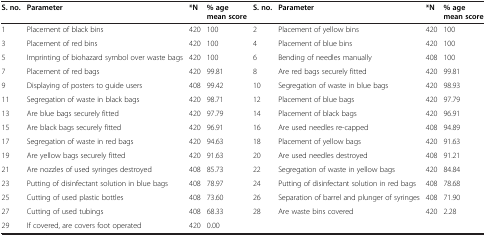
<table><thead><tr><td><b>S. no.</b></td><td><b>Parameter</b></td><td><b>*N</b></td><td><b>% age mean score</b></td><td><b>S. no.</b></td><td><b>Parameter</b></td><td><b>*N</b></td><td><b>% age mean score</b></td></tr></thead><tbody><tr><td>1</td><td>Placement of black bins</td><td>420</td><td>100</td><td>2</td><td>Placement of yellow bins</td><td>420</td><td>100</td></tr><tr><td>3</td><td>Placement of red bins</td><td>420</td><td>100</td><td>4</td><td>Placement of blue bins</td><td>420</td><td>100</td></tr><tr><td>5</td><td>Imprinting of biohazard symbol over waste bags</td><td>420</td><td>100</td><td>6</td><td>Bending of needles manually</td><td>408</td><td>100</td></tr><tr><td>7</td><td>Placement of red bags</td><td>420</td><td>99.81</td><td>8</td><td>Are red bags securely fitted</td><td>420</td><td>99.81</td></tr><tr><td>9</td><td>Displaying of posters to guide users</td><td>408</td><td>99.42</td><td>10</td><td>Segregation of waste in blue bags</td><td>420</td><td>98.93</td></tr><tr><td>11</td><td>Segregation of waste in black bags</td><td>420</td><td>98.71</td><td>12</td><td>Placement of blue bags</td><td>420</td><td>97.79</td></tr><tr><td>13</td><td>Are blue bags securely fitted</td><td>420</td><td>97.79</td><td>14</td><td>Placement of black bags</td><td>420</td><td>96.91</td></tr><tr><td>15</td><td>Are black bags securely fitted</td><td>420</td><td>96.91</td><td>16</td><td>Are used needles re-capped</td><td>408</td><td>94.89</td></tr><tr><td>17</td><td>Segregation of waste in red bags</td><td>420</td><td>94.63</td><td>18</td><td>Placement of yellow bags</td><td>420</td><td>91.63</td></tr><tr><td>19</td><td>Are yellow bags securely fitted</td><td>420</td><td>91.63</td><td>20</td><td>Are used needles destroyed</td><td>408</td><td>91.21</td></tr><tr><td>21</td><td>Are nozzles of used syringes destroyed</td><td>408</td><td>85.73</td><td>22</td><td>Segregation of waste in yellow bags</td><td>420</td><td>84.84</td></tr><tr><td>23</td><td>Putting of disinfectant solution in blue bags</td><td>408</td><td>78.97</td><td>24</td><td>Putting of disinfectant solution in red bags</td><td>408</td><td>78.68</td></tr><tr><td>25</td><td>Cutting of used plastic bottles</td><td>408</td><td>73.60</td><td>26</td><td>Separation of barrel and plunger of syringes</td><td>408</td><td>71.90</td></tr><tr><td>27</td><td>Cutting of used tubings</td><td>408</td><td>68.33</td><td>28</td><td>Are waste bins covered</td><td>420</td><td>2.28</td></tr><tr><td>29</td><td>If covered, are covers foot operated</td><td>420</td><td>0.00</td><td>[EMPTY_CELL]</td><td>[EMPTY_CELL]</td><td>[EMPTY_CELL]</td><td>[EMPTY_CELL]</td></tr></tbody></table>